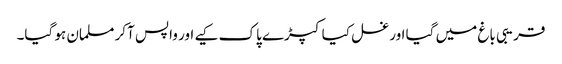
قریبی باغ میں گیا اور غسل کیا کپڑے پاک کیے اور واپس آکر مسلمان ہو گیا۔